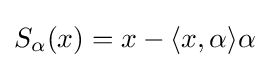
S_{\alpha }(x)=x-\langle x,\alpha \rangle \alpha